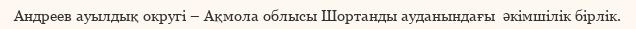
Андреев ауылдық округі – Ақмола облысы Шортанды ауданындағы  әкімшілік бірлік.